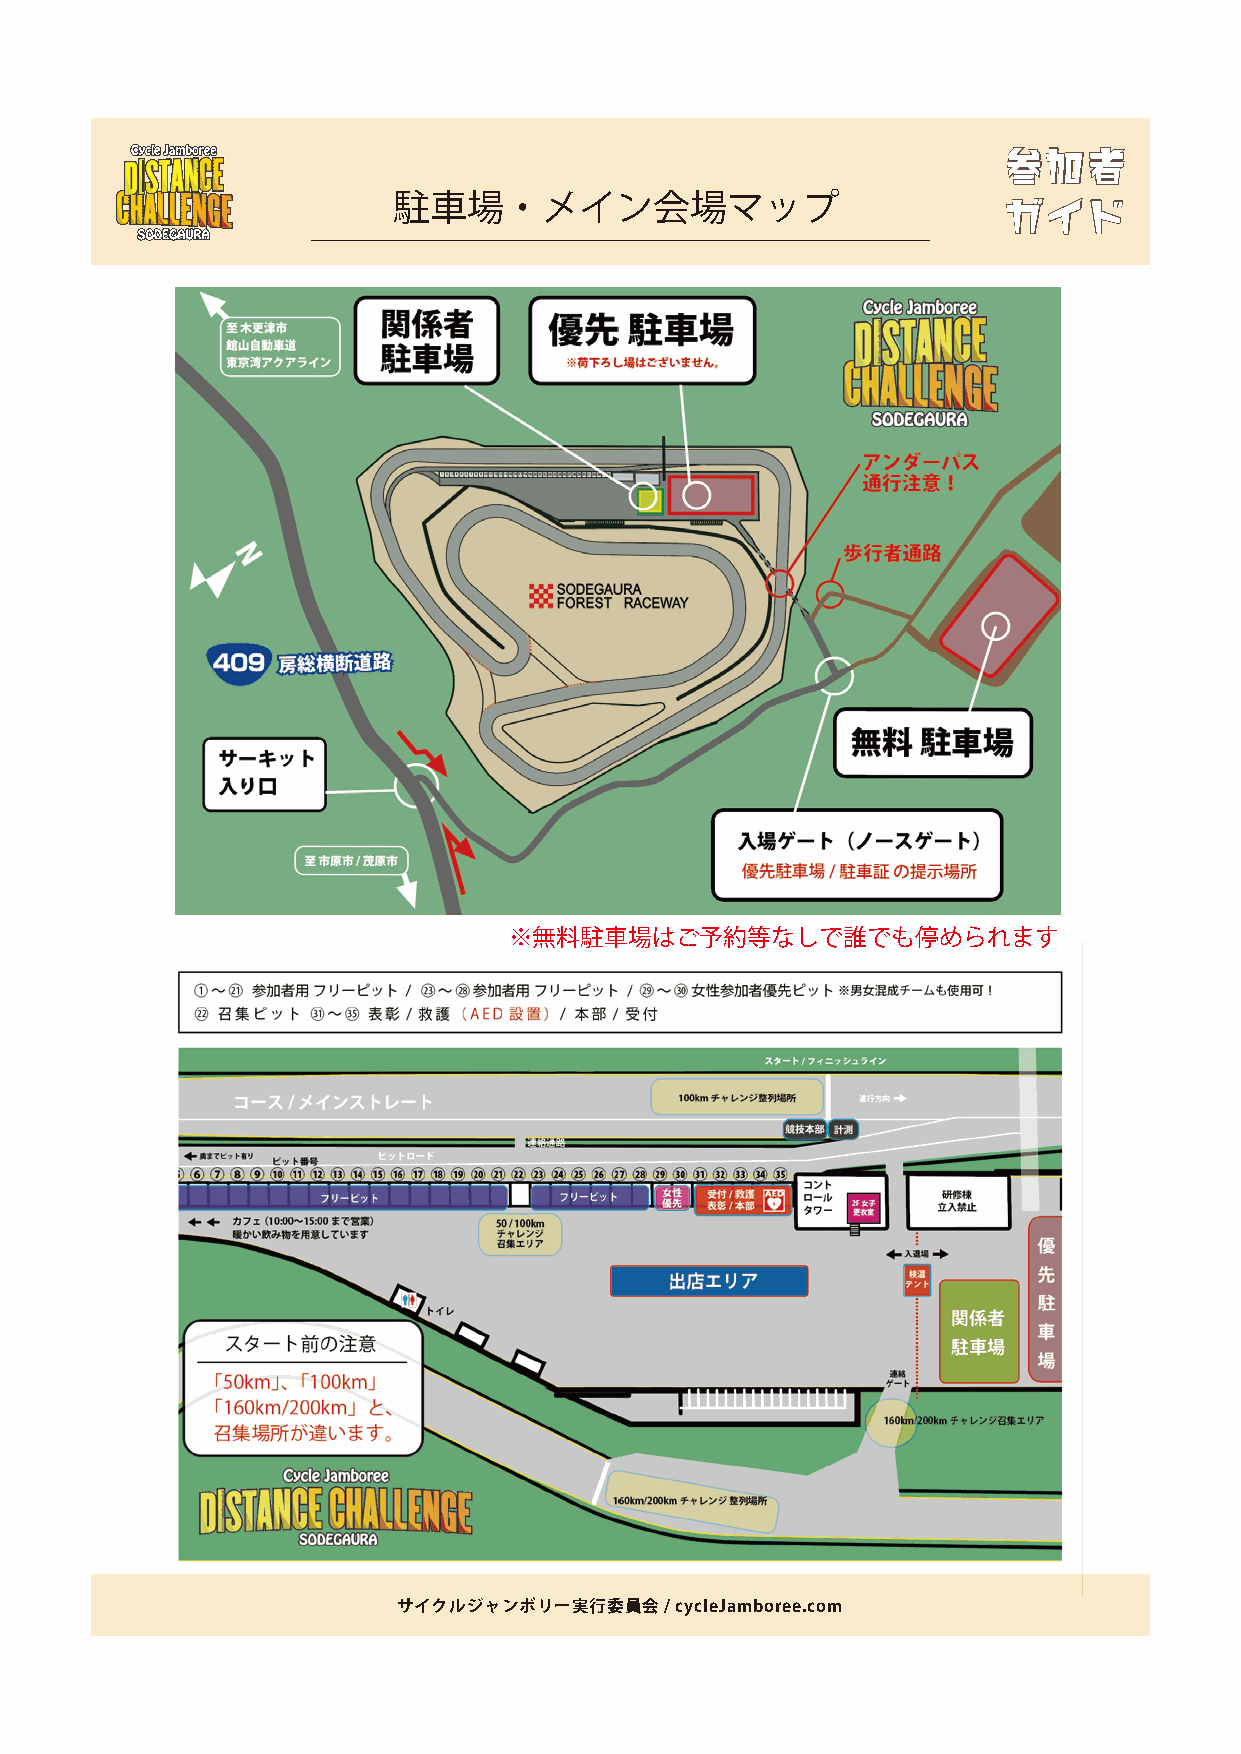
参参加加者者
 駐車場・メイン会場マップ                            ガガイイドド
 ※無料駐車場はご予約等なしで誰でも停められます
 サイクルジャンボリー実行委員会   / cycleJamboree.com